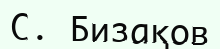
С. Бизақов